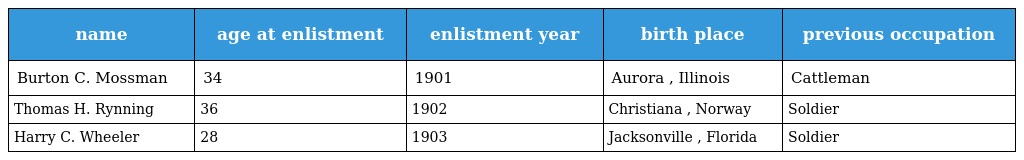
| name | age at enlistment | enlistment year | birth place | previous occupation |
 | --- | --- | --- | --- | --- |
 | Burton C. Mossman | 34 | 1901 | Aurora , Illinois | Cattleman |
 | Thomas H. Rynning | 36 | 1902 | Christiana , Norway | Soldier |
 | Harry C. Wheeler | 28 | 1903 | Jacksonville , Florida | Soldier |